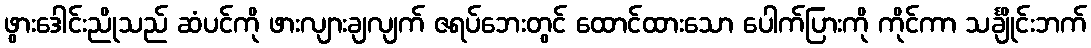
ဖွားဒေါင်းညိုသည် ဆံပင်ကို ဖားလျားချလျက် ဇရပ်ဘေးတွင် ထောင်ထားသော ပေါက်ပြားကို ကိုင်ကာ သင်္ချိုင်းဘက်